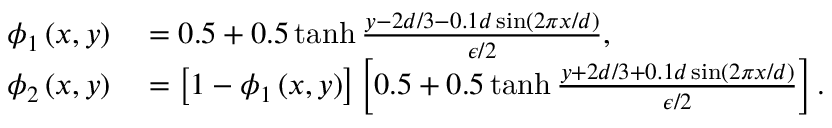
\begin{array} { r l } { \phi _ { 1 } \left( x , y \right) } & { { } = 0 . 5 + 0 . 5 \operatorname { t a n h } \frac { y - 2 d / 3 - 0 . 1 d \sin \left( 2 \pi x / d \right) } { \epsilon / 2 } , } \\ { \phi _ { 2 } \left( x , y \right) } & { { } = \left[ 1 - \phi _ { 1 } \left( x , y \right) \right] \left[ 0 . 5 + 0 . 5 \operatorname { t a n h } \frac { y + 2 d / 3 + 0 . 1 d \sin \left( 2 \pi x / d \right) } { \epsilon / 2 } \right] . } \end{array}